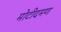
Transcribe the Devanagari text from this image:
मोटीदमण